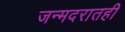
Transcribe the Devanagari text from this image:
जन्मदरातही